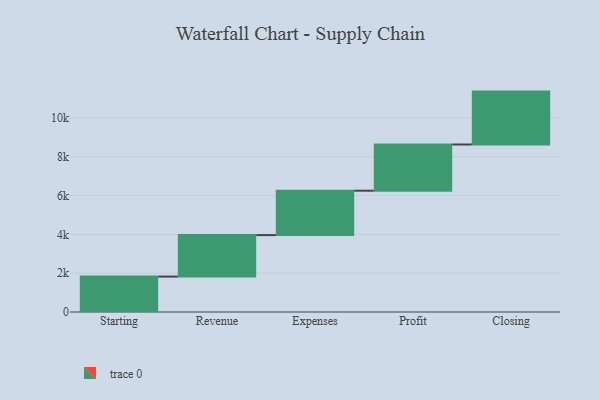
{"axis": {"x": "Step", "y": "Value"}, "legend": [""], "data": [{"x": "Starting", "y": 1826.0, "type": ""}, {"x": "Revenue", "y": 2138.0, "type": ""}, {"x": "Expenses", "y": 2289.0, "type": ""}, {"x": "Profit", "y": 2382.0, "type": ""}, {"x": "Closing", "y": 2727.0, "type": ""}]}